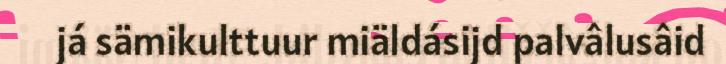
já sämikulttuur miäldásijd palvâlusâid